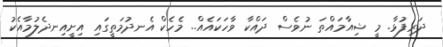
ދަރިފުޅާ. މީ ޝިއާމައްތަ ނުވެސް ދައްކާ ވާހަކައެއް.. މެހެކް އެނދުމަތީގައި އިށީއިނދެލުމާއެކު